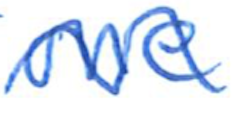
Text: one
Cross-out: wave
Writing tool: ballpoint